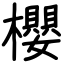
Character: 櫻